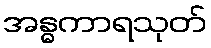
အန္ဓကာရသုတ်